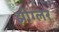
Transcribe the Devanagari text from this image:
झीग्लर